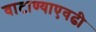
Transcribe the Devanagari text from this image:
वाटाण्याएवढी